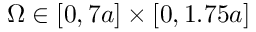
\Omega \in [ 0 , 7 a ] \times [ 0 , 1 . 7 5 a ]